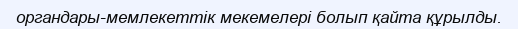
органдары-мемлекеттік мекемелері болып қайта құрылды.